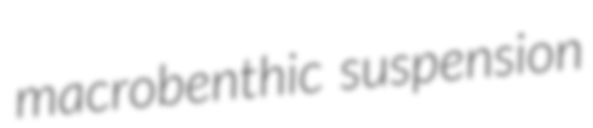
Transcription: macrobenthic suspension